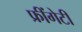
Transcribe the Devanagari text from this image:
फ्रींगेटी